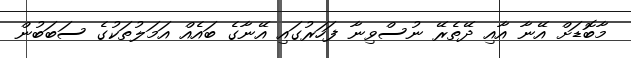
މާބޮޑަށް އޭނާ އާއި ދޭތެރޭ ނުސްވިނާ ފަހަރުގައި އޭނާގެ ބައެއް އަމަލުތަކުގެ ސަބަބުން